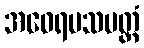
အဝေရမသပတ္တံ